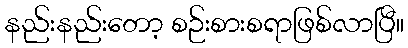
နည်းနည်းတော့ စဉ်းစားစရာဖြစ်လာပြီ။